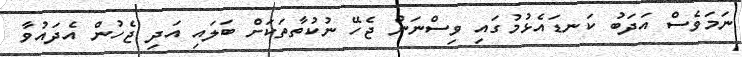
ނަމަވެސް އަދަބު ކަނޑައެޅުމުގައި ވިސްނަން ޖެހޭ ނުކުތާތަކަށް ބަލައި އަދި ޖެހުން އެދައުވާ